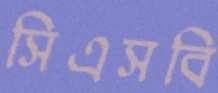
সিএসবি